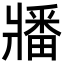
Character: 𬌌